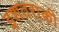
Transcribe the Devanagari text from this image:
इशतराकी